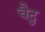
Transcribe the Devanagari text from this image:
चैटु